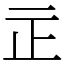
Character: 㱏